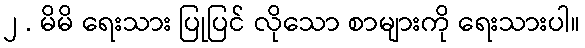
၂ . မိမိ ရေးသား ပြုပြင် လိုသော စာများကို ရေးသားပါ။